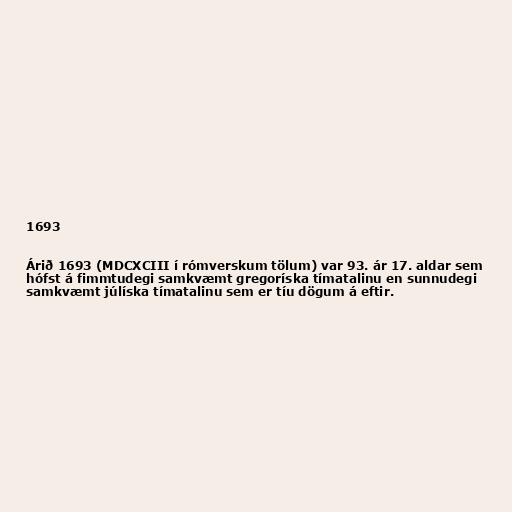
1693

Árið 1693 (MDCXCIII í rómverskum tölum) var 93. ár 17. aldar sem
hófst á fimmtudegi samkvæmt gregoríska tímatalinu en sunnudegi
samkvæmt júlíska tímatalinu sem er tíu dögum á eftir.